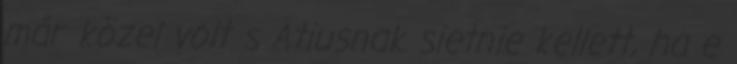
már közel volt s Atiusnak sietnie kellett, ha e